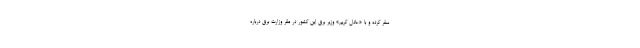
سفر کرده و با «عادل کریم» وزیر برق این کشور در مقر وزارت‌ برق درباره